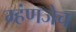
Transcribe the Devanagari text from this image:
म्हंणजेच